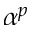
\alpha ^ { p }